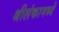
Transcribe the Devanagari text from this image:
श्रीलंकामध्ये